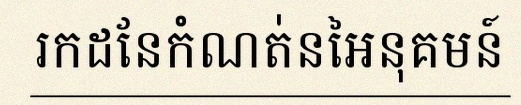
រកដែនកំណត់នៃអនុគមន៍